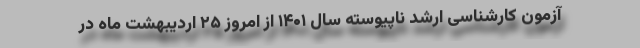
آزمون کارشناسی ارشد ناپیوسته سال ۱۴۰۱ از امروز ۲۵ اردیبهشت ماه در